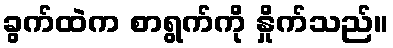
ခွက်ထဲက စာရွက်ကို နှိုက်သည်။